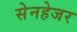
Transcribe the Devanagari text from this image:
सेनहेजर